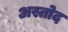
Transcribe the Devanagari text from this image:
अस्तोद